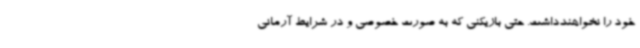
خود را نخواهندداشت. حتی بازیکنی که به صورت خصوصی و در شرایط آرمانی